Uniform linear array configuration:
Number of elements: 4
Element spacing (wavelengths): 0.25
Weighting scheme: kaiser
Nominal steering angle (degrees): -15
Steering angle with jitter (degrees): -16.517
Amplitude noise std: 0.05
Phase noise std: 0.05

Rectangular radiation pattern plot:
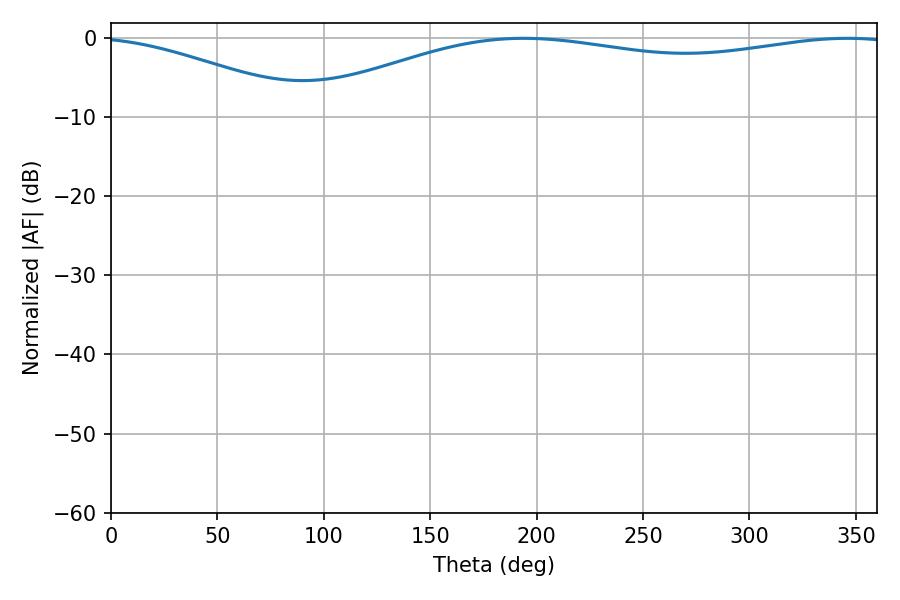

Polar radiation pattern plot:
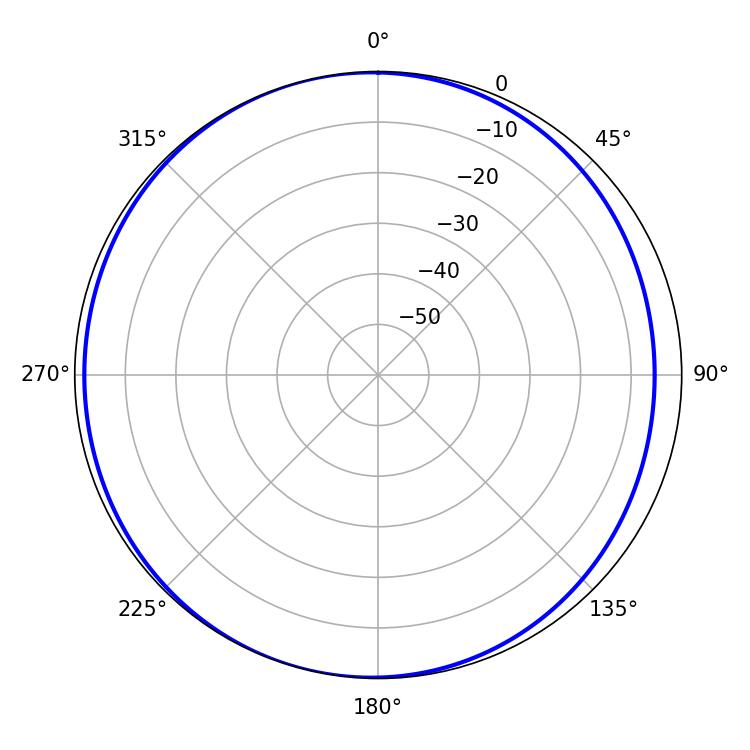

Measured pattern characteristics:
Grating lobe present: FALSE
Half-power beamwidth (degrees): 225.9
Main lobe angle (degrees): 193.86